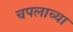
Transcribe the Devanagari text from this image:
चपलाच्या